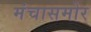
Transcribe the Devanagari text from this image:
मंचासमोर